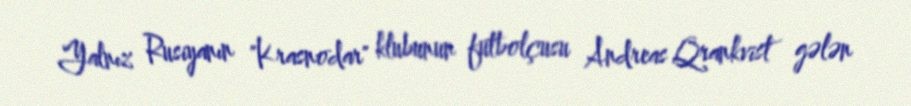
Yalnız Rusiyanın "Krasnodar" klubunun futbolçusu Andreas Qrankvist gələn